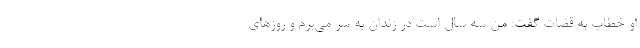
او خطاب به قضات گفت: من سه سال است در زندان به سر می‌برم و روز‌های